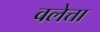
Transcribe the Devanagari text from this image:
वलेत्ता